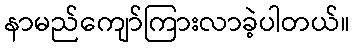
နာမည်ကျော်ကြားလာခဲ့ပါတယ်။